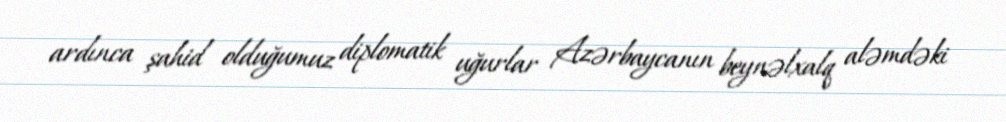
ardınca şahid olduğumuz diplomatik uğurlar Azərbaycanın beynəlxalq aləmdəki